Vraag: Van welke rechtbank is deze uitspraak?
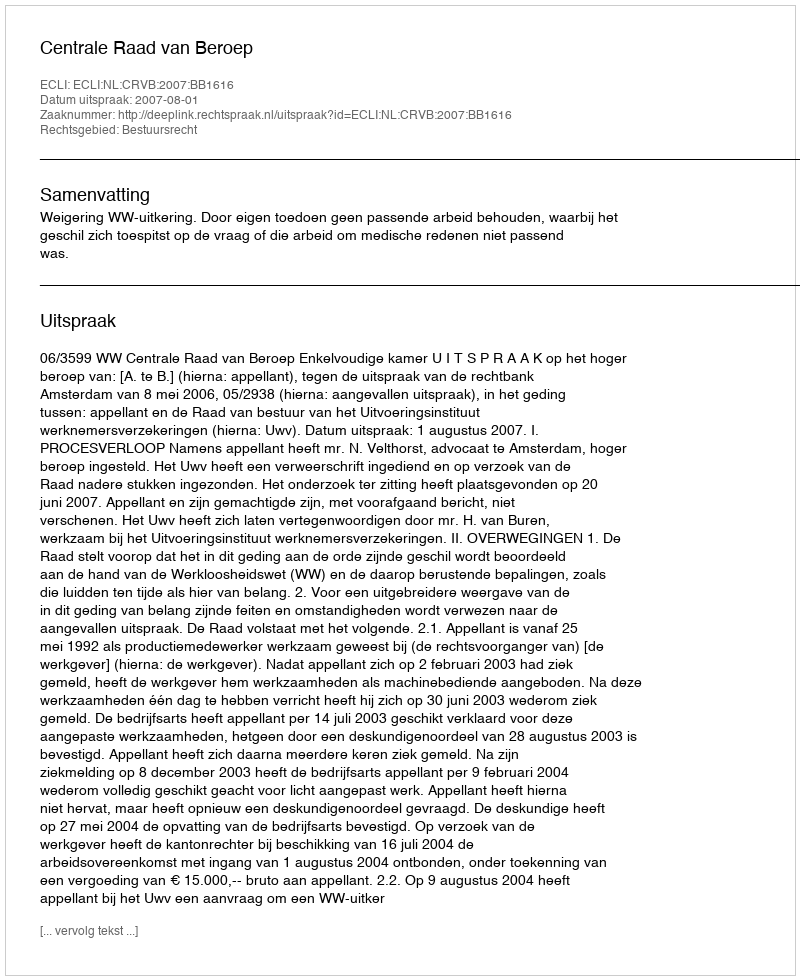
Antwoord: Centrale Raad van Beroep